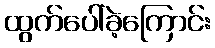
ထွက်ပေါ်ခဲ့ကြောင်း